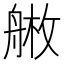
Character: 𦩚